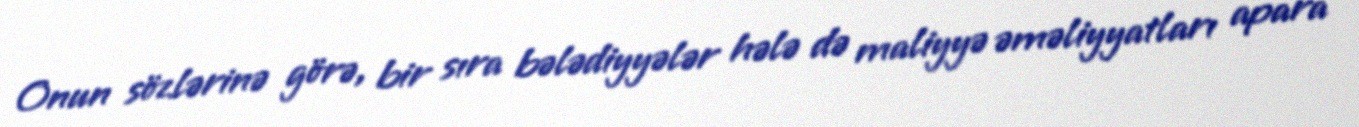
Onun sözlərinə görə, bir sıra bələdiyyələr hələ də maliyyə əməliyyatları apara